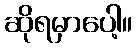
ဆိုရမှာပေါ့။